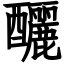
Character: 釃